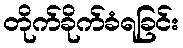
တိုက်ခိုက်ခံရခြင်း